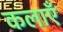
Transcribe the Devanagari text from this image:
कलाऍँ